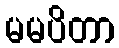
မမပိတာ